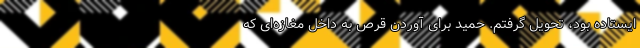
ایستاده بود، تحویل گرفتم. حمید برای آوردن قرص به داخل مغازه‌ای که